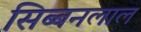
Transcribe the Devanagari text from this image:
सिब्‍बनलाल